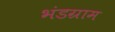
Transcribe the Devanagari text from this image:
भंडग्राम